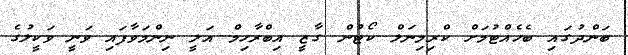
ބަންދުގައިި ބެހެއްޓުމަށް ކްރިމިނަލް ކޯޓުން ގާޒީ އިބްރާހިމް އަލީ ނިންމަވާފައި ވަނީ ވަކީލުގެ